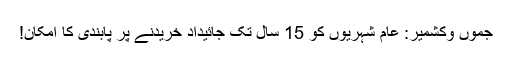
جموں وکشمیر: عام شہریوں کو 15 سال تک جائیداد خریدنے پر پابندی کا امکان!